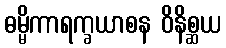
ဓမ္မိကာရက္ခယာစန ဝိနိစ္ဆယ